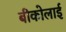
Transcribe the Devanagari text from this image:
बीकोलाई